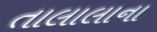
તાલાલાના